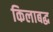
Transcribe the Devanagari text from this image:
किलाबद्ध